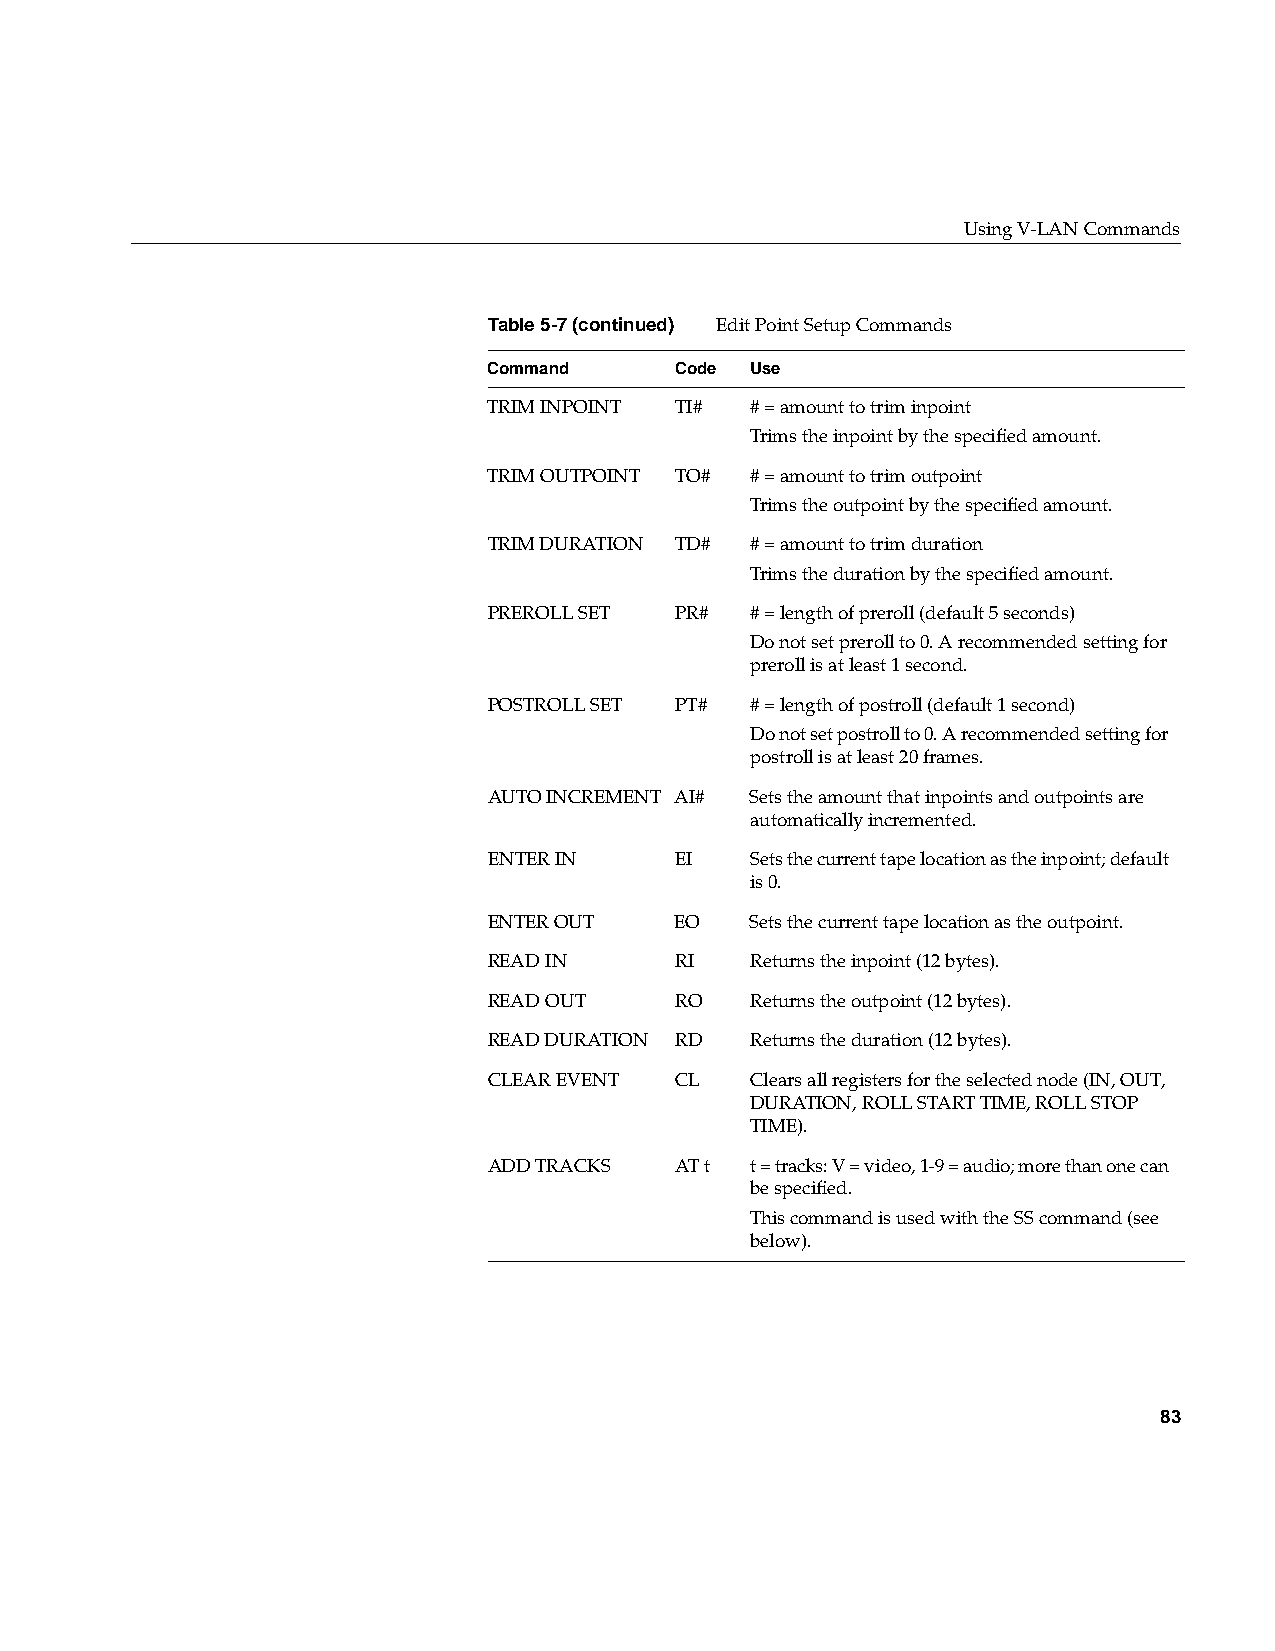
Using V-LAN Commands
 Table5-7(continued) Edit Point Setup Commands
 Command      Code Use
 TRIM INPOINT TI#  # = amount to trim inpoint
 Trims the inpoint by the specified amount.
 TRIM OUTPOINT TO# # = amount to trim outpoint
 Trims the outpoint by the specified amount.
 TRIM DURATION TD# # = amount to trim duration
 Trims the duration by the specified amount.
 PREROLL SET  PR#  # = length of preroll (default 5 seconds)
 Do not set preroll to 0. A recommended setting for
 preroll is at least 1 second.
 POSTROLL SET PT#  # = length of postroll (default 1 second)
 Do not set postroll to 0. A recommended setting for
 postroll is at least 20 frames.
 AUTO INCREMENT AI# Sets the amount that inpoints and outpoints are
 automatically incremented.
 ENTER IN     EI   Sets the current tape location as the inpoint; default
 is 0.
 ENTER OUT    EO   Sets the current tape location as the outpoint.
 READ IN      RI   Returns the inpoint (12 bytes).
 READ OUT     RO   Returns the outpoint (12 bytes).
 READ DURATION RD  Returns the duration (12 bytes).
 CLEAR EVENT  CL   Clears all registers for the selected node (IN, OUT,
 DURATION, ROLL START TIME, ROLL STOP
 TIME).
 ADD TRACKS   AT t t = tracks: V = video, 1-9 = audio; more than one can
 be specified.
 This command is used with the SS command (see
 below).
 83